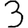
Digit: 3